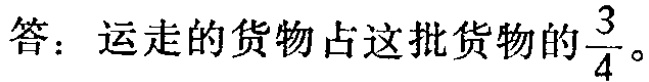
答：运走的货物占这批货物的$\frac{3}{4}$。